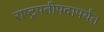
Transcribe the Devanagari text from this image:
राष्ट्रपतीपदापर्यंत